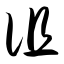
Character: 诅